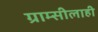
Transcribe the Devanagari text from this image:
ग्राम्सीलाही